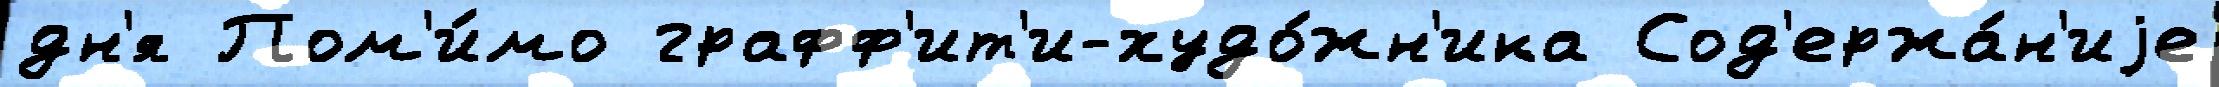
дн'я Пом'и́мо графф'ит'и-худо́жн'ика Сод'ержа́н'иjе